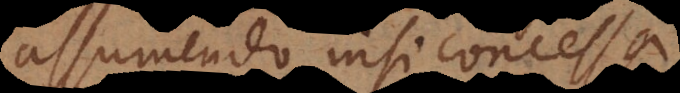
assumendo nisi concess